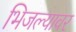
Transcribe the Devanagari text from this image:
भिजल्यावर